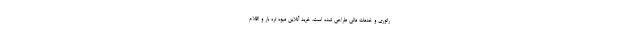
راتوری و خدمات مالی طراحی شده است. خرید آنلاین میوه تره بار و اقلام